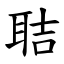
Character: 聐